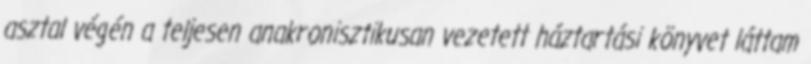
asztal végén a teljesen anakronisztikusan vezetett háztartási könyvet láttam